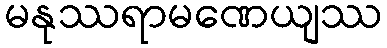
မနုဿရာမဏေယျဿ